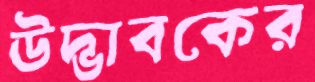
উদ্ভাবকের